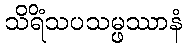
သိရိံသပသမ္ဖဿာနံ